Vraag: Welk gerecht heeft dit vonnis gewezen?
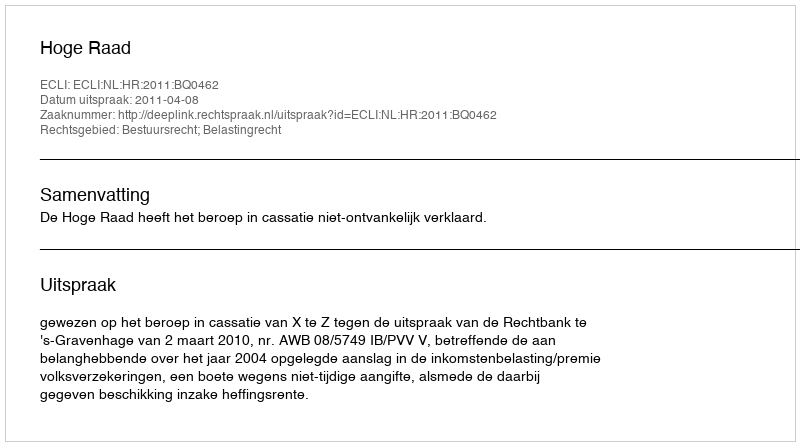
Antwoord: Hoge Raad